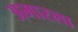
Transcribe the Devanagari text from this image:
अभारला